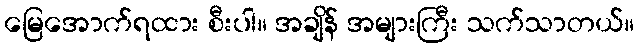
မြေအောက်ရထား စီးပါ။ အချိန် အများကြီး သက်သာတယ်။